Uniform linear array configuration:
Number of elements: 32
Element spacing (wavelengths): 1
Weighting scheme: uniform
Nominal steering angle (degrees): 60
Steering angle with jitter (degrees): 59.684
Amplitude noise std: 0.05
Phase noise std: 0.05

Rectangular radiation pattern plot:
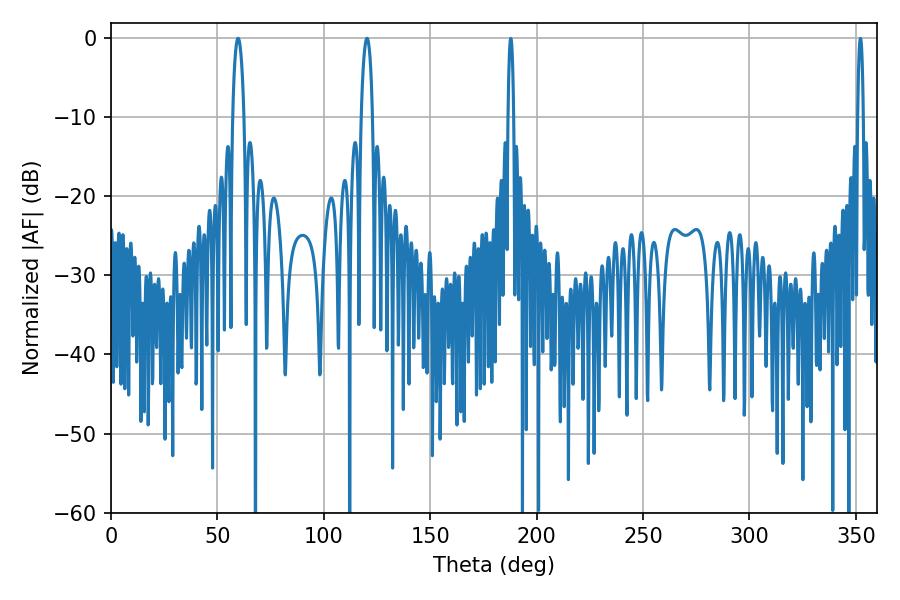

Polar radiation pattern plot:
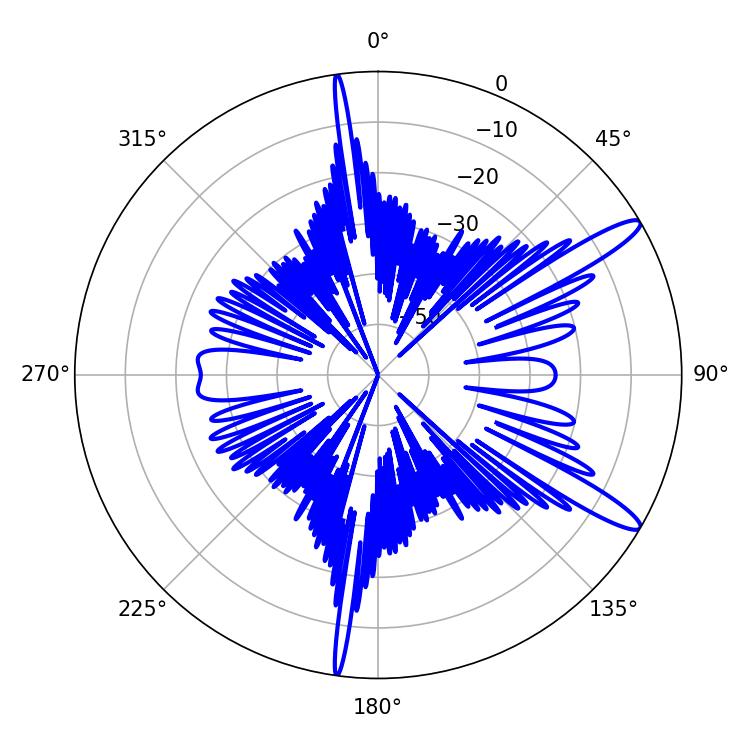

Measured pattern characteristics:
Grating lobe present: TRUE
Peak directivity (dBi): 13.171
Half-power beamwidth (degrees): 2.88
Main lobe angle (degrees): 59.76